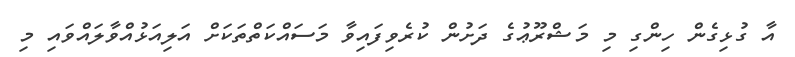
އާ ގުޅިގެން ހިންގި މި މަޝްރޫޢުގެ ދަށުން ކުރެވިފައިވާ މަސައްކަތްތަކަށް އަލިއަޅުއްވާލައްވައި މި